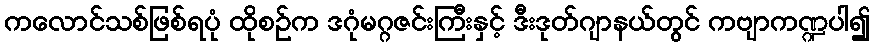
ကလောင်သစ်ဖြစ်ရပုံ ထိုစဉ်က ဒဂုံမဂ္ဂဇင်းကြီးနှင့် ဒီးဒုတ်ဂျာနယ်တွင် ကဗျာကဏ္ဍပါ၍